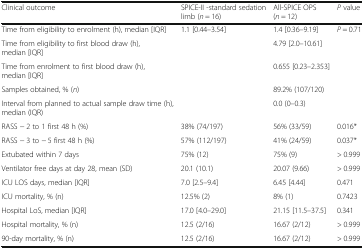
| Clinical outcome | SPICE-II -standard sedation limb (n = 16) | All-SPICE OPS (n = 12) | P value |
 | --- | --- | --- | --- |
 | Time from eligibility to enrolment (h), median [IQR] | 1.1 [0.44–3.54] | 1.4 [0.36–9.19] | P = 0.71 |
 | Time from eligibility to first blood draw (h), median [IQR] |  | 4.79 [2.0–10.61] |  |
 | Time from enrolment to first blood draw (h), median [IQR] |  | 0.655 [0.23–2.353] |  |
 | Samples obtained, % (n) |  | 89.2% (107/120) |  |
 | Interval from planned to actual sample draw time (h), median (IQR) |  | 0.0 (0–0.3) |  |
 | RASS − 2 to 1 first 48 h (%) | 38% (74/197) | 56% (33/59) | 0.016* |
 | RASS − 3 to − 5 first 48 h (%) | 57% (112/197) | 41% (24/59) | 0.037* |
 | Extubated within 7 days | 75% (12) | 75% (9) | > 0.999 |
 | Ventilator free days at day 28, mean (SD) | 20.1 (10.1) | 20.07 (9.66) | > 0.999 |
 | ICU LOS days, median [IQR] | 7.0 [2.5–9.4] | 6.45 [4.44] | 0.471 |
 | ICU mortality, % (n) | 12.5% (2) | 8% (1) | 0.7423 |
 | Hospital LoS, median [IQR] | 17.0 [4.0–29.0] | 21.15 [11.5–37.5] | 0.341 |
 | Hospital mortality, % (n) | 12.5 (2/16) | 16.67 (2/12) | > 0.999 |
 | 90-day mortality, % (n) | 12.5 (2/16) | 16.67 (2/12) | > 0.999 |